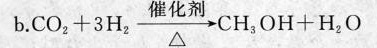
b.$$C O _ { 2 } + 3 H _ { 2 } \frac{}{\Delta}\rightarrow